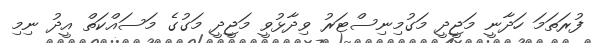
ފުރަަތަމަ ހަދާނީ މަޖީދީ މަގުމިނިސްޓަރު ވިދާޅުވީ މަޖީދީ މަގުގެ މަސައްކަތް އީދު ނިމި